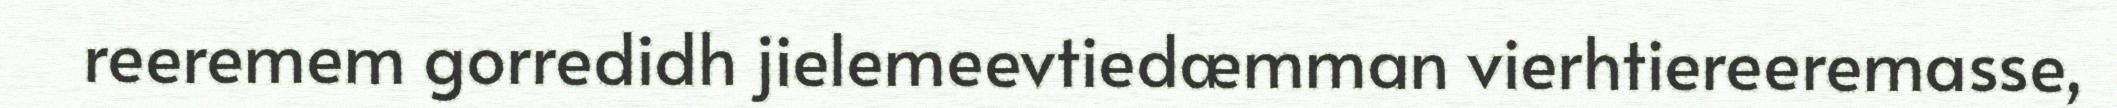
reeremem gorredidh jielemeevtiedæmman vierhtiereeremasse,